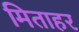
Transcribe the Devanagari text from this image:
मिताहर